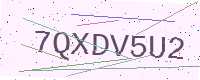
Text: 7QXDV5U2